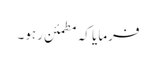
فرمایا کہ مطمئن رہو۔